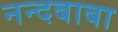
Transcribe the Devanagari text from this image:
नन्दबाबा